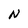
Character: N